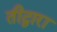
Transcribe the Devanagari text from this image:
तीद्वारा